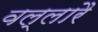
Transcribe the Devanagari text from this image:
वल्लारै